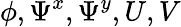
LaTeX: \phi,\Psi^{x},\Psi^{y},U,V